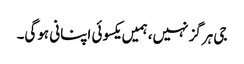
جی ہرگز نہیں، ہمیں یکسوئی اپنانی ہوگی۔